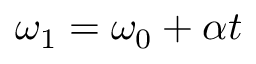
\omega _ { 1 } = \omega _ { 0 } + \alpha t